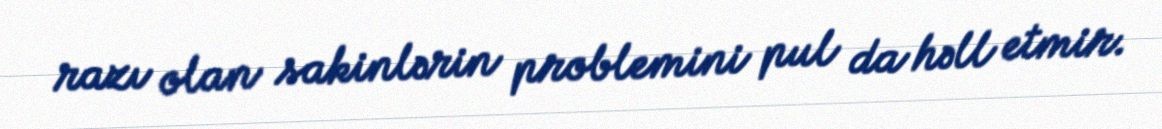
razı olan sakinlərin problemini pul da həll etmir.